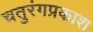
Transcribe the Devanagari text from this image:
चतुरंगप्रकाश